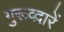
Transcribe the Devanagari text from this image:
गुरूव्‍द़ारें